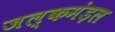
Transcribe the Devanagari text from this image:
जल्कमंड़ल